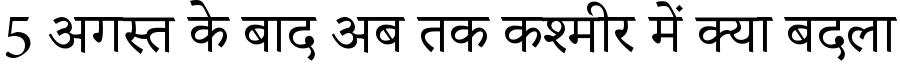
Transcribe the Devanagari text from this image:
5 अगस्त के बाद अब तक कश्मीर में क्या बदला